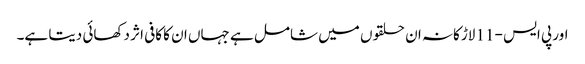
اور پی ایس -11 لاڑکانہ ان حلقوں میں شامل ہے جہاں ان کا کافی اثر دکھائی دیتا ہے۔